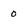
Character: O